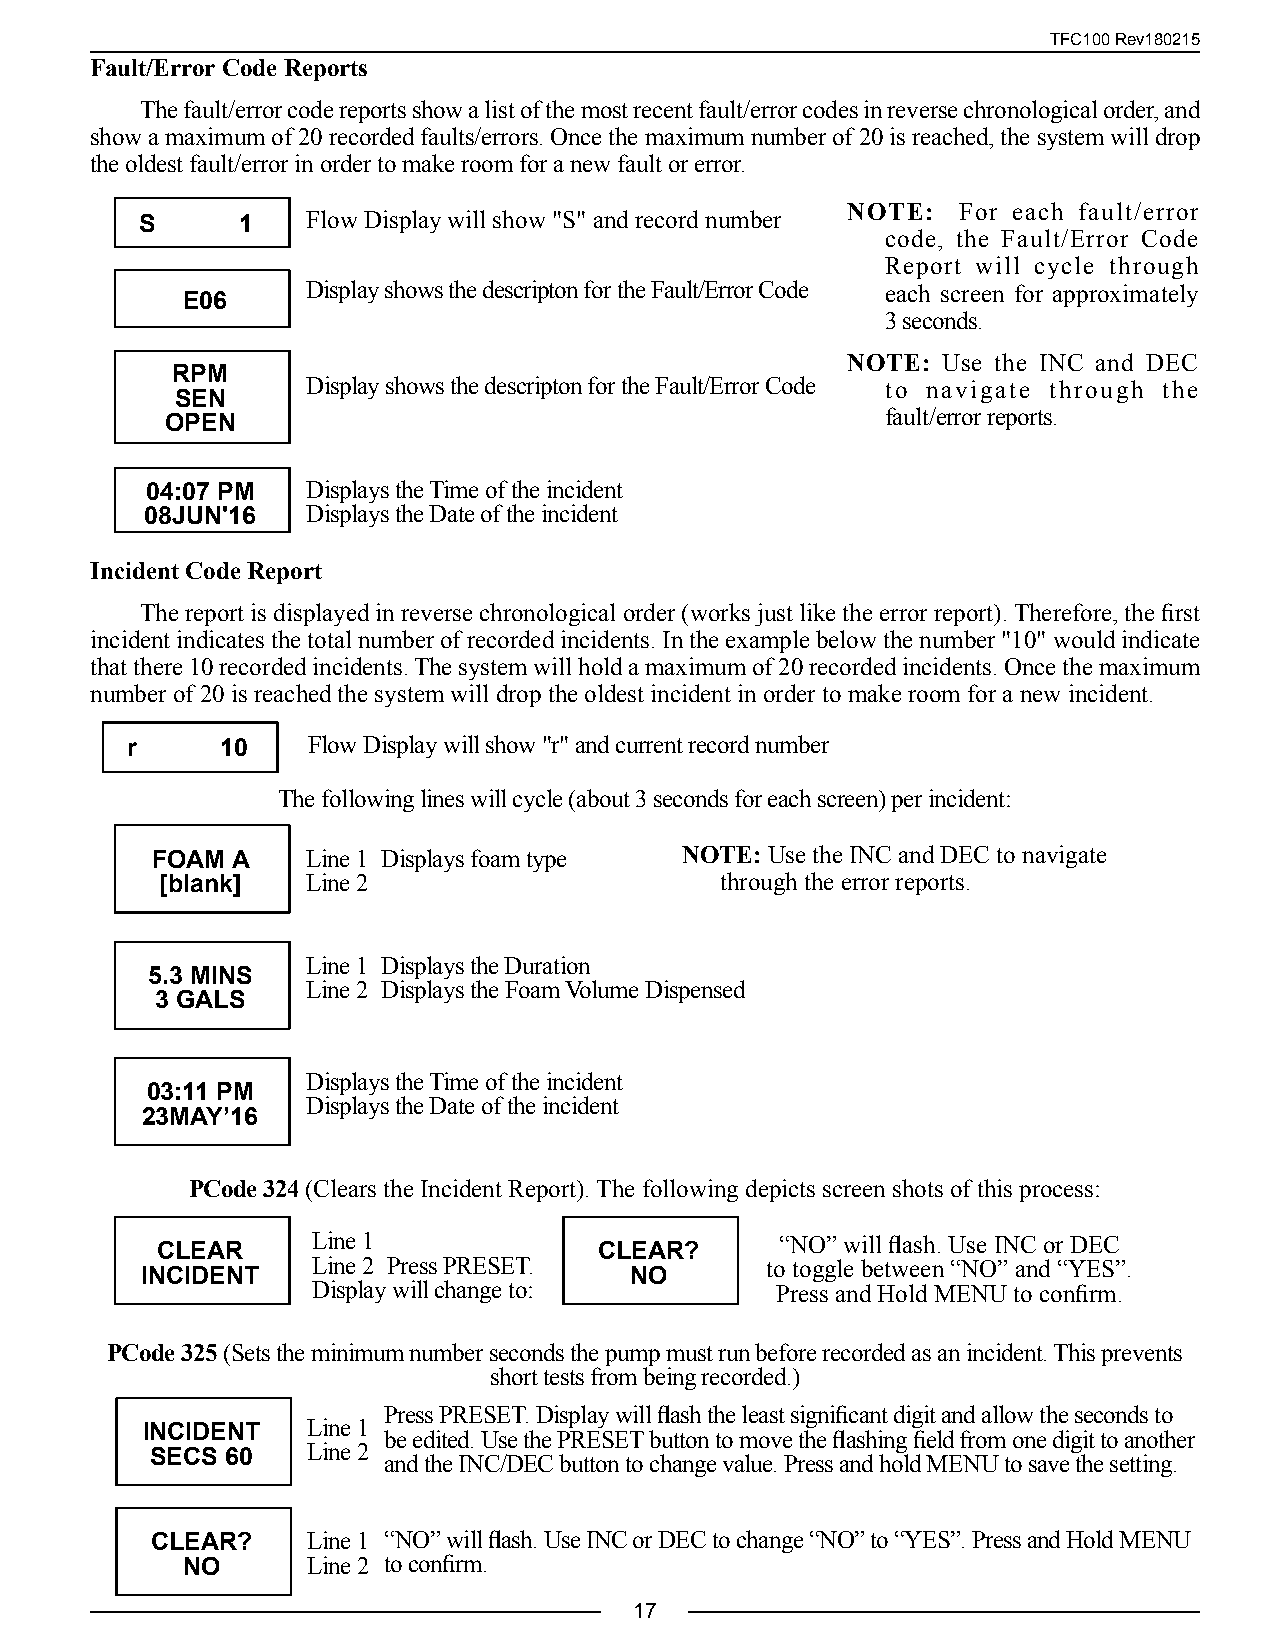
TFC100 Rev180215
 Fault/Error Code Reports
 The fault/error code reports show a list of the most recent fault/error codes in reverse chronological order, and
 show a maximum of 20 recorded faults/errors. Once the maximum number of 20 is reached, the system will drop
 the oldest fault/error in order to make room for a new fault or error.
 NOTE:   For each fault/error
 S      1   Flow Display will show "S" and record number
 code, the Fault/Error Code
 Report will cycle through
 Display shows the descripton for the Fault/Error Code each screen for approximately
 E06
 3 seconds.
 NOTE: Use the INC and DEC
 RPM
 Display shows the descripton for the Fault/Error Code to navigate through the
 SEN
 fault/error reports.
 OPEN
 04:07 PM  Displays the Time of the incident
 08JUN'16  Displays the Date of the incident
 Incident Code Report
 The report is displayed in reverse chronological order (works just like the error report). Therefore, the first
 incident indicates the total number of recorded incidents. In the example below the number "10" would indicate
 that there 10 recorded incidents. The system will hold a maximum of 20 recorded incidents. Once the maximum
 number of 20 is reached the system will drop the oldest incident in order to make room for a new incident.
 r      10   Flow Display will show "r" and current record number
 The following lines will cycle (about 3 seconds for each screen) per incident:
 FOAM A    Line 1 Displays foam type NOTE: Use the INC and DEC to navigate
 [blank]  Line 2                      through the error reports.
 Line 1 Displays the Duration
 5.3 MINS
 Line 2 Displays the Foam Volume Dispensed
 3 GALS
 Displays the Time of the incident
 03:11 PM
 Displays the Date of the incident
 23MAY’16
 PCode 324 (Clears the Incident Report). The following depicts screen shots of this process:
 Line 1                         “NO” will flash. Use INC or DEC
 CLEAR                         CLEAR?
 Line 2 Press PRESET.          to toggle between “NO” and “YES”.
 INCIDENT                         NO
 Display will change to:       Press and Hold MENU to confirm.
 PCode 325 (Sets the minimum number seconds the pump must run before recorded as an incident. This prevents
 short tests from being recorded.)
 Press PRESET. Display will flash the least significant digit and allow the seconds to
 Line 1
 INCIDENT        be edited. Use the PRESET button to move the flashing field from one digit to another
 Line 2
 SECS 60        and the INC/DEC button to change value. Press and hold MENU to save the setting.
 CLEAR?    Line 1 “NO” will flash. Use INC or DEC to change “NO” to “YES”. Press and Hold MENU
 NO      Line 2 to confirm.
 17